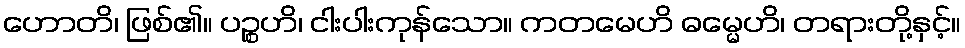
ဟောတိ၊ ဖြစ်၏။ ပဉ္စဟိ၊ ငါးပါးကုန်သော။ ကတမေဟိ ဓမ္မေဟိ၊ တရားတို့နှင့်။